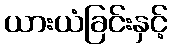
ယားယံခြင်းနှင့်